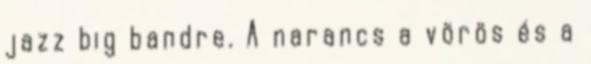
jazz big bandre. A narancs a vörös és a